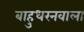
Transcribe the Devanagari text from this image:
बाहुधरनवाला